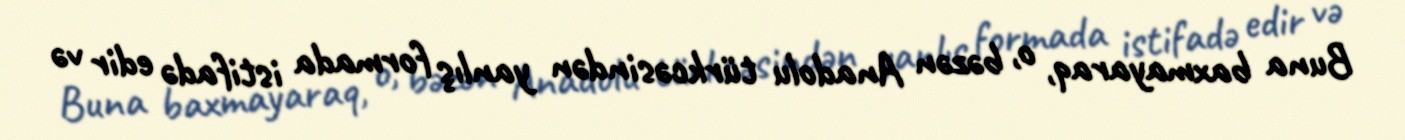
Buna baxmayaraq, o, bəzən Anadolu türkcəsindən yanlış formada istifadə edir və